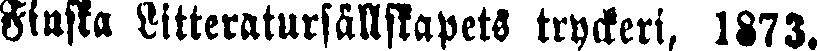
Finska Litteratursällskapets tryckeri, 1873.